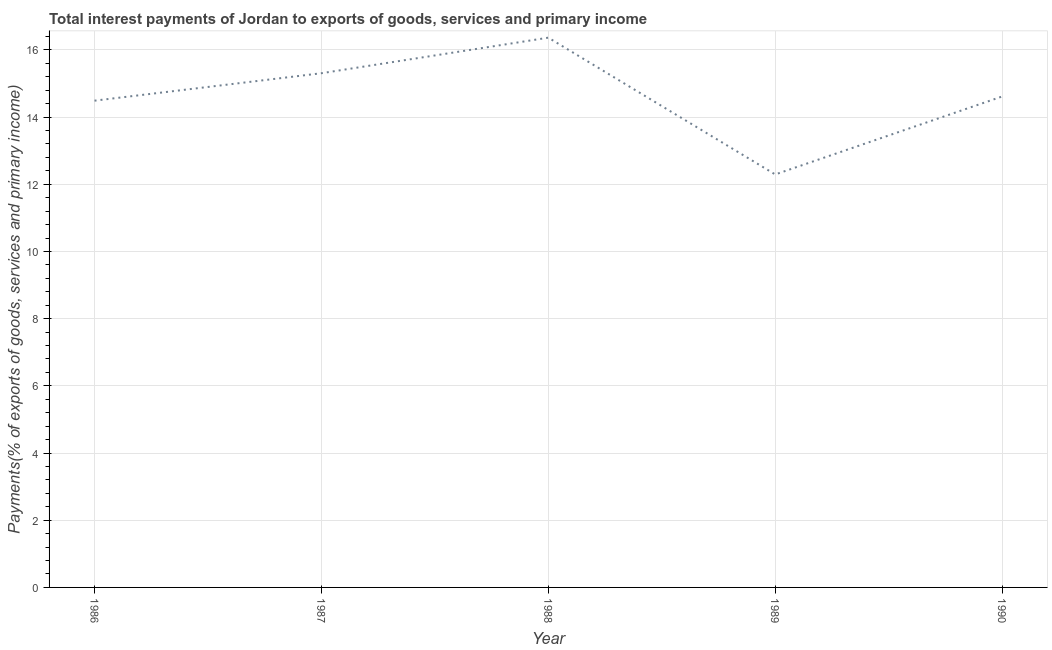
| Year | Interest payments on external debt |
 | --- | --- |
 | 1986 | 14.5 |
 | 1987 | 15.3 |
 | 1988 | 16.4 |
 | 1989 | 12.3 |
 | 1990 | 14.6 |